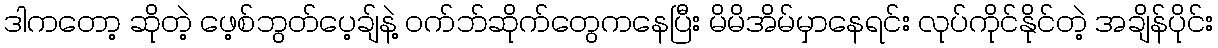
ဒါကတော့ ဆိုတဲ့ ဖေ့စ်ဘွတ်ပေ့ချ်နဲ့ ၀က်ဘ်ဆိုက်တွေကနေပြီး မိမိအိမ်မှာနေရင်း လုပ်ကိုင်နိုင်တဲ့ အချိန်ပိုင်း